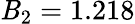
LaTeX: \mathit{B}_{2}=1.218